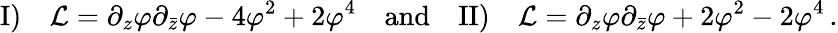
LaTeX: \mathrm{I)}\quad{\cal L}=\partial_{z}\varphi\partial_{\bar{z}}\varphi-4\varphi^{2}+2\varphi^{4}\quad\mathrm{and}\quad\mathrm{II)}\quad{\cal L}=\partial_{z}\varphi\partial_{\bar{z}}\varphi+2\varphi^{2}-2\varphi^{4}\, .